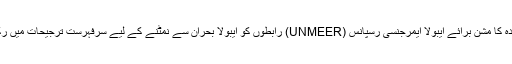
اقوام متحدہ کا مشن برائے ایبولا ایمرجنسی رسپانس (UNMEER) رابطوں کو ایبولا بحران سے نمٹنے کے لیے سرفہرست ترجیحات میں رکھتا ہے۔